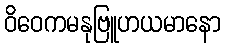
ဝိဝေကမနုဗြူဟယမာနော